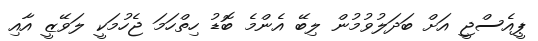
ޕީއެސްޖީ އަށް ބަދަލުވުމުން ލިބޭ އެންމެ ބޮޑު ހިތްހަމަ ޖެހުމަކީ ލަވޭޒީ އާއި